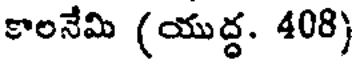
కాలనేమి (యుద్ధ. 408)